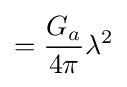
=\displaystyle {{G_{a} \over 4\pi }\lambda ^{2}}